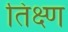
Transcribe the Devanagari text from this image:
तिक्ष्ण